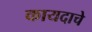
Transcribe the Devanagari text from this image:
कायदाचे